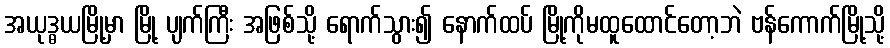
အယုဒ္ဓယမြို့မှာ မြို့ ပျက်ကြီး အဖြစ်သို့ ရောက်သွား၍ နောက်ထပ် မြို့ကိုမထူထောင်တော့ဘဲ ဗန်ကောက်မြို့သို့